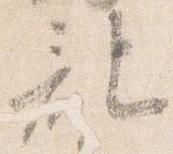
記